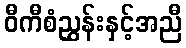
ဝီကီစံညွှန်းနှင့်အညီ